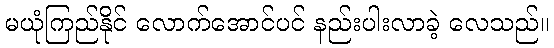
မယုံကြည်နိုင် လောက်အောင်ပင် နည်းပါးလာခဲ့ လေသည်။